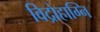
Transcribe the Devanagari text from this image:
विद्रोहाग्नि